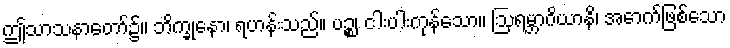
ဤသာသနာတော်၌။ ဘိက္ခုနော၊ ရဟန်းသည်။ ပဉ္စ၊ ငါးပါးကုန်သော။ ဩရမ္ဘာဂိယာနိ၊ အောက်ဖြစ်သော